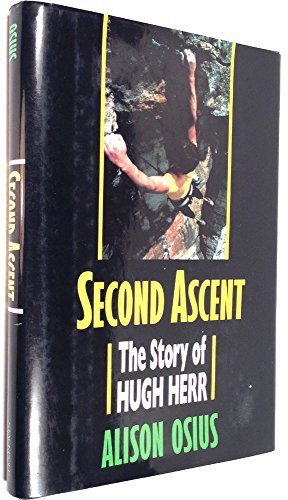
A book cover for Second Ascent: The Story of Hugh Herr; Alison Osius; Sports & Outdoors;